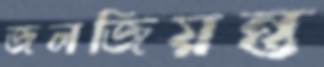
জলজিয়ন্ত